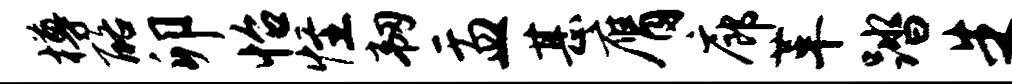
樽酪卯怡怪韧盂甚膺廊革踏朱